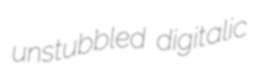
unstubbled digitalic